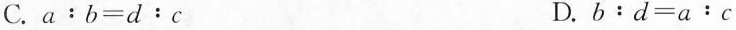
C. $$a﹔b=d﹔c$$ D. $$b：d=a：c$$